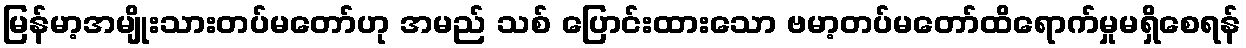
မြန်မာ့အမျိုးသားတပ်မတော်ဟု အမည် သစ် ပြောင်းထားသော ဗမာ့တပ်မတော်ထိရောက်မှုမရှိစေရန်